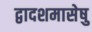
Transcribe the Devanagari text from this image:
द्वादशमासेषु